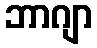
ဘာဂျာ